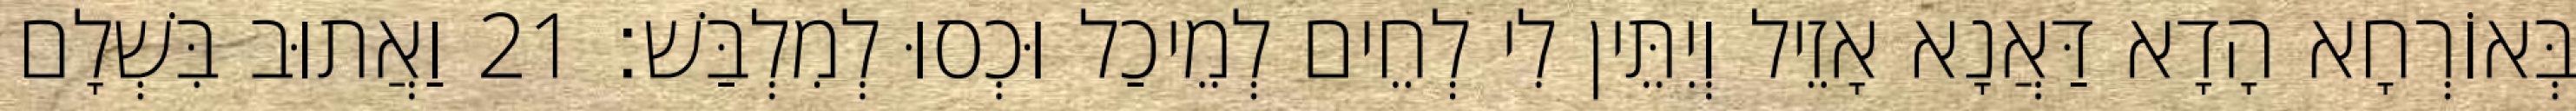
בְּאוֹרְחָא הָדָא דַּאֲנָא אָזֵיל וְיִתֵּין לִי לְחֵים לְמֵיכַל וּכְסוּ לְמִלְבַּשׁ׃ 21 וַאֲתוּב בִּשְׁלָם